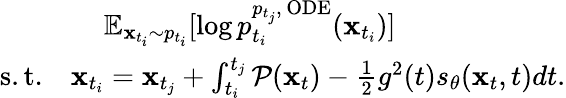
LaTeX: \begin{array}{r}{\mathbb{E}_{\mathbf{x}_{t_{i}}\sim p_{t_{i}}}[\log p_{t_{i}}^{p_{t_{j}},\, \mathrm{ODE}}(\mathbf{x}_{t_{i}})]\qquad\qquad\qquad}\\ {\mathrm{s.t.}\quad\mathbf{x}_{t_{i}}=\mathbf{x}_{t_{j}}+\int_{t_{i}}^{t_{j}}\mathcal{P}(\mathbf{x}_{t})-\frac{1}{2}g^{2}(t)s_{\theta}(\mathbf{x}_{t},t)dt.}\end{array}